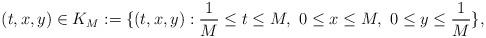
LaTeX: \begin{align*}(t,x,y)\in K_{M}:=\{(t,x,y): \frac{1}{M} \leq t\leq M, \ 0\leq x\leq M, \ 0\leq y \leq\frac{1}{M}\},\end{align*}